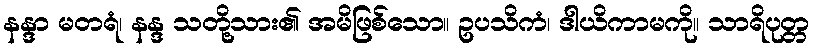
နန္ဒာ မတရံ၊ နန္ဒ သတို့သား၏ အမိဖြစ်သော။ ဥပသိကံ၊ ဒါယိကာမကို။ သာရိပုတ္တ